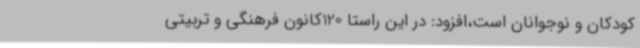
کودکان و نوجوانان است،افزود: در این راستا 120کانون فرهنگی و تربیتی